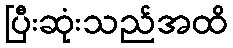
ပြီးဆုံးသည်အထိ